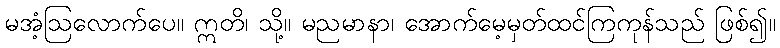
မအံ့ဩလောက်ပေ။ ဣတိ၊ သို့။ မညမာနာ၊ အောက်မေ့မှတ်ထင်ကြကုန်သည် ဖြစ်၍။